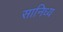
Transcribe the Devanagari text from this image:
सानिध्‍य